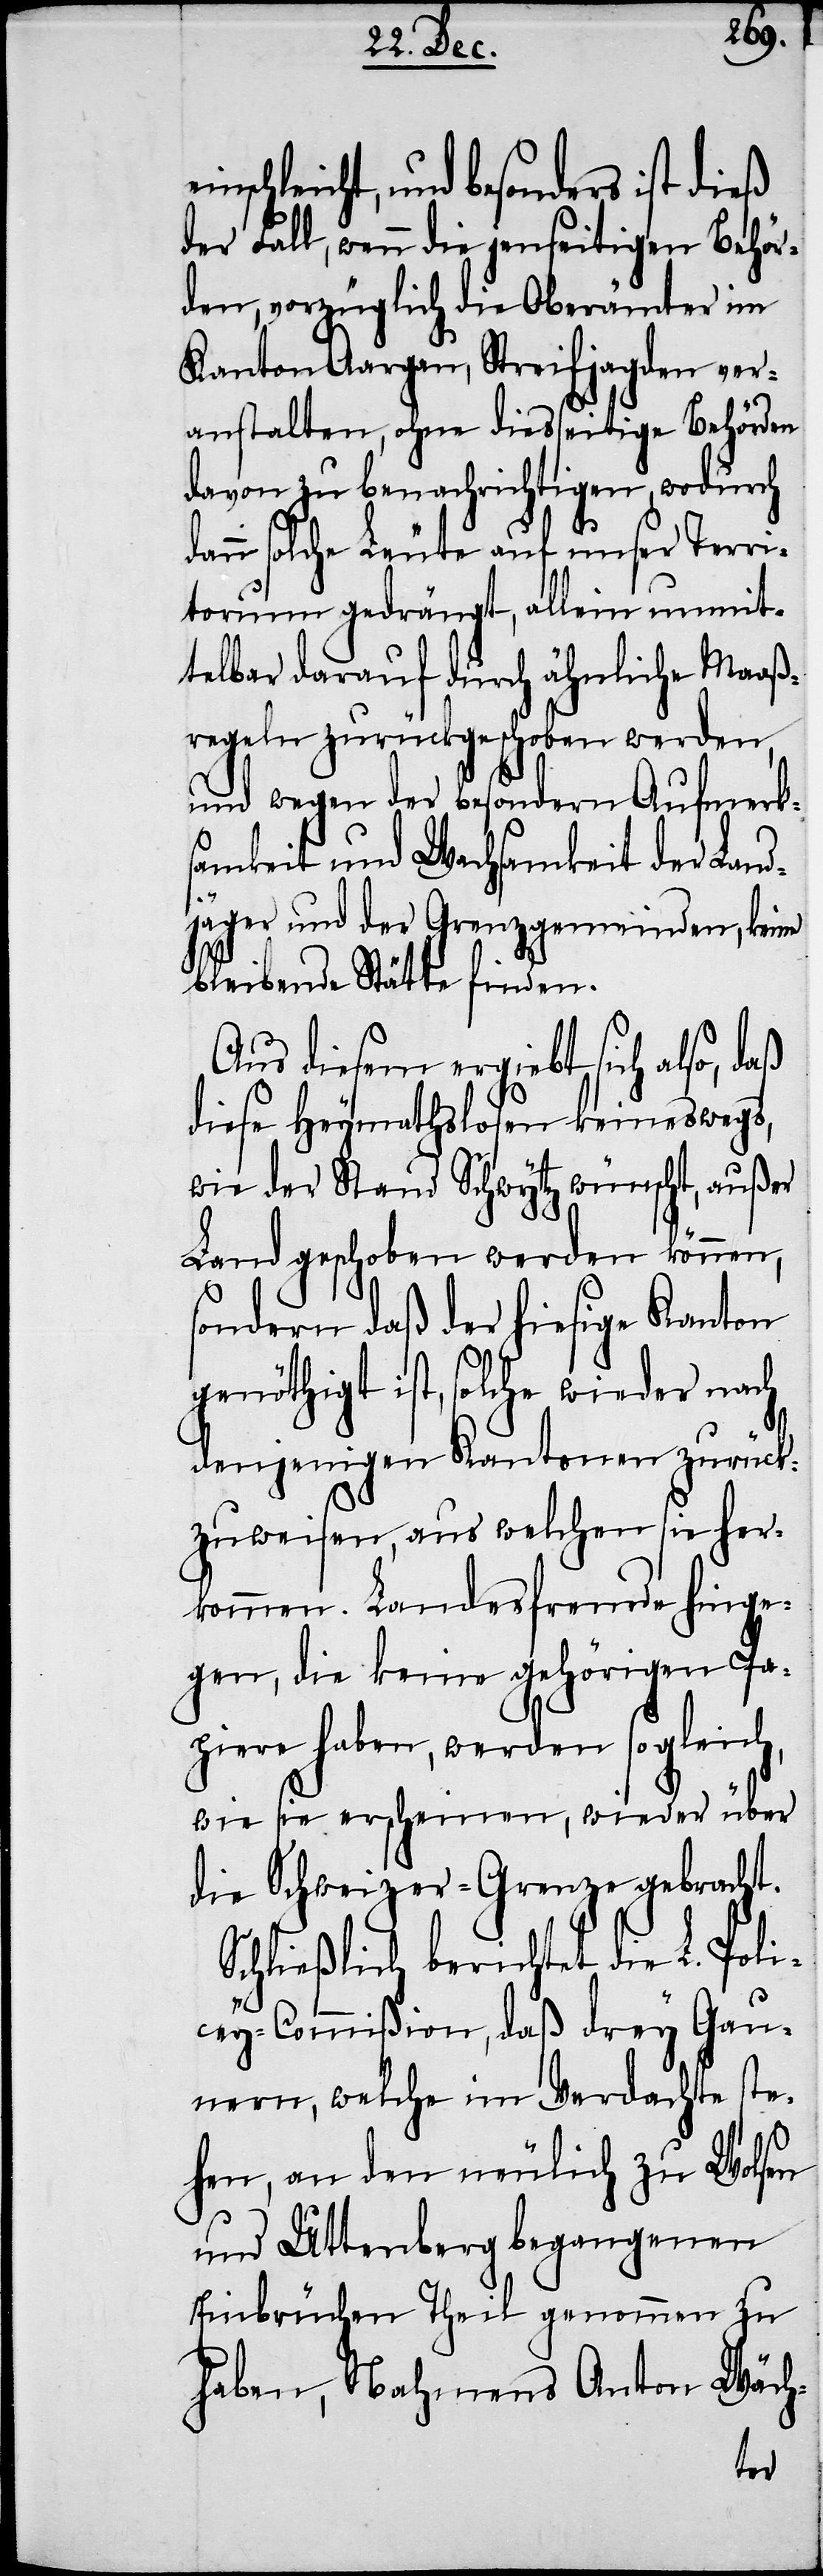
nschleicht, und besonders ist dieß
der Fall, wenn die jenseitigen Behör¬
den, vorzüglich die Oberämter im
Kanton Aargau, Streifjagden ver¬
anstalten, ohne diesseitige Behörden
davon zu benachrichtigen, wodurch
dann solche Leute auf unser Terri¬
torium gedrängt, allein unmit¬
telbar darauf durch ähnliche Maaß¬
regeln zurückgeschoben werden,
und wegen der besondern Aufmerks¬
amkeit und Wachsamkeit der Land¬
jäger und der Grenzgemeinden, keine
bleibende Stätte finden.
Aus diesem ergiebt sich also, daß
diese Heymathslosen keineswegs,
wie der Stand Schwytz wünscht, außer
Land geschoben werden können,
ondern daß der hiesige Kanton
genöthigt ist, solche wieder nach
denjenigen Kantonen zurück¬
zuweisen, aus welchen sie her¬
kommen. Landesfremde hinge¬
gen, die keine gehörigen Pa¬
piere haben, werden sogleich,
wie sie erscheinen, wieder über
die Schweizer-Grenze gebracht.
Schließlich berichtet die L. Poli¬
cey-Commißion, daß drey Gau¬
nern, welche im Verdachte ste¬
s¬
hen, an den neulich zu Wolsen
und Uttenberg begangenen
Einbrüchen Theil genommen zu
haben, Nahmens Anton Wäch-